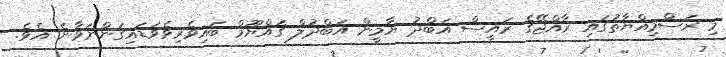
މި ރަސްމިއްޔާތުގައި ރާއްޖޭގެ ރައީސް އަބްދު ޔާމީން އަބްދުލް ގައްޔޫމް ބައިވެރިވެވަޑައިގަންނަވާނެ އެވެ.